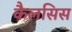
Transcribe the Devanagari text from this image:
कैलसिस